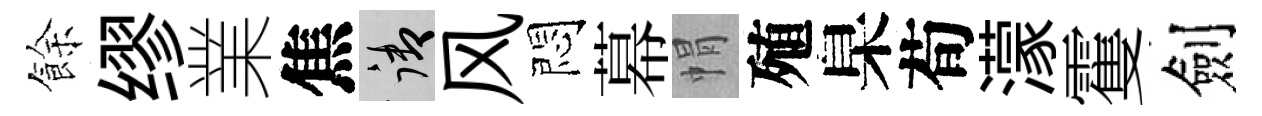
餘缪業焦御风悶幕㡌殖臬荀濛䨥劍